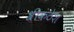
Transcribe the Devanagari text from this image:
श्रीकंठेश